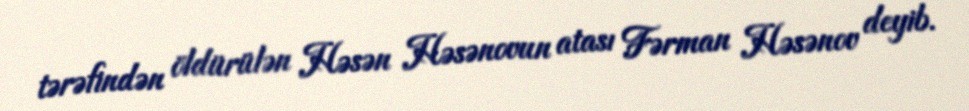
tərəfindən öldürülən Həsən Həsənovun atası Fərman Həsənov deyib.